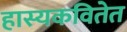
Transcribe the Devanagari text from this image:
हास्यकवितेत